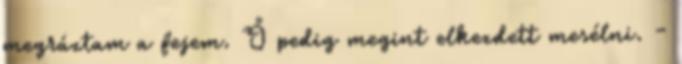
megráztam a fejem. Ő pedig megint elkezdett mesélni. -